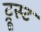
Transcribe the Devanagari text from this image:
ट्रूस्ट